Civil Veterinary Dept. North-West Frontier Province 1923-32 - 1923-1932
Year: 1923
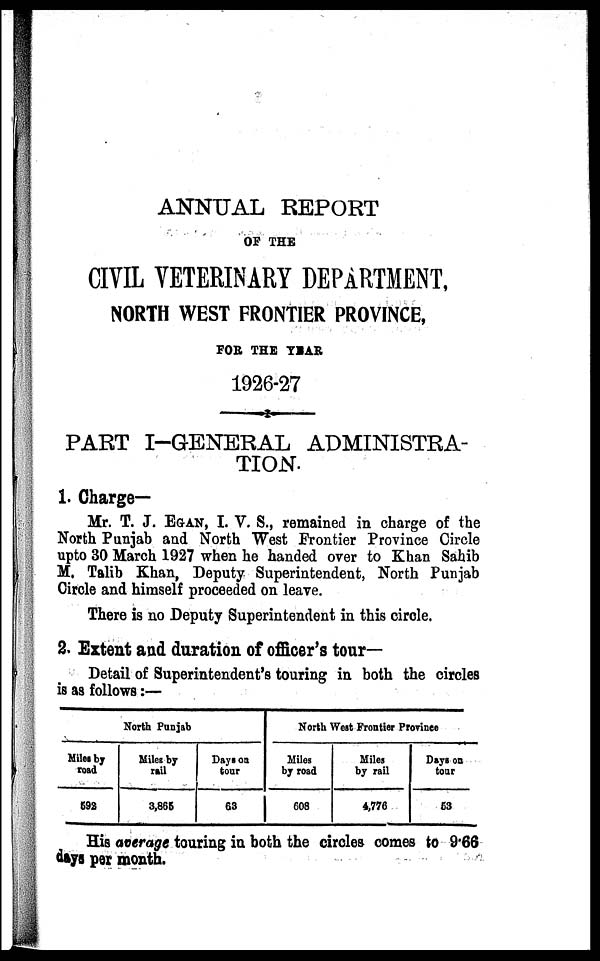
ANNUAL REPORT
OF THE
CIVIL VETERINARY DEPARTMENT,
NORTH WEST FRONTIER PROVINCE,
FOR THE YEAR
1926-27
PART I-GENERAL ADMINISTRA-
TION.
1. Charge—
Mr. T. J. EGAN, I. V. S., remained in charge of the
North Punjab and North West Frontier Province Circle
upto 30 March 1927 when he handed over to Khan Sahib
M. Talib Khan, Deputy Superintendent, North Punjab
Circle and himself proceeded on leave.
There is no Deputy Superintendent in this circle.
2. Extent and duration of officer's tour-
Detail of Superintendent's touring in both the circles
is as follows:—
North Punjab
Miles by
road
692
Miles by
rail
3,865
Days on
tour
63
North West Frontier Province
Miles
by road
608
Miles
by rail
4,776
Days on
tour
63
His average touring in both the circles comes to 9.66
days per month.